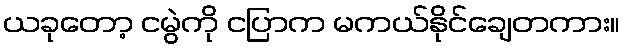
ယခုတော့ ငမွဲကို ငပြာက မကယ်နိုင်ချေတကား။